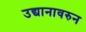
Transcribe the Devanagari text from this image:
उद्यानावरुन